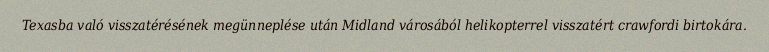
Texasba való visszatérésének megünneplése után Midland városából helikopterrel visszatért crawfordi birtokára.